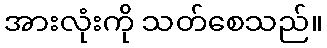
အားလုံးကို သတ်စေသည်။